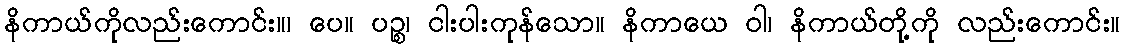
နိကာယ်ကိုလည်းကောင်း။၊ ပေ။ ပဉ္စ၊ ငါးပါးကုန်သော။ နိကာယေ ဝါ၊ နိကာယ်တို့ကို လည်းကောင်း။